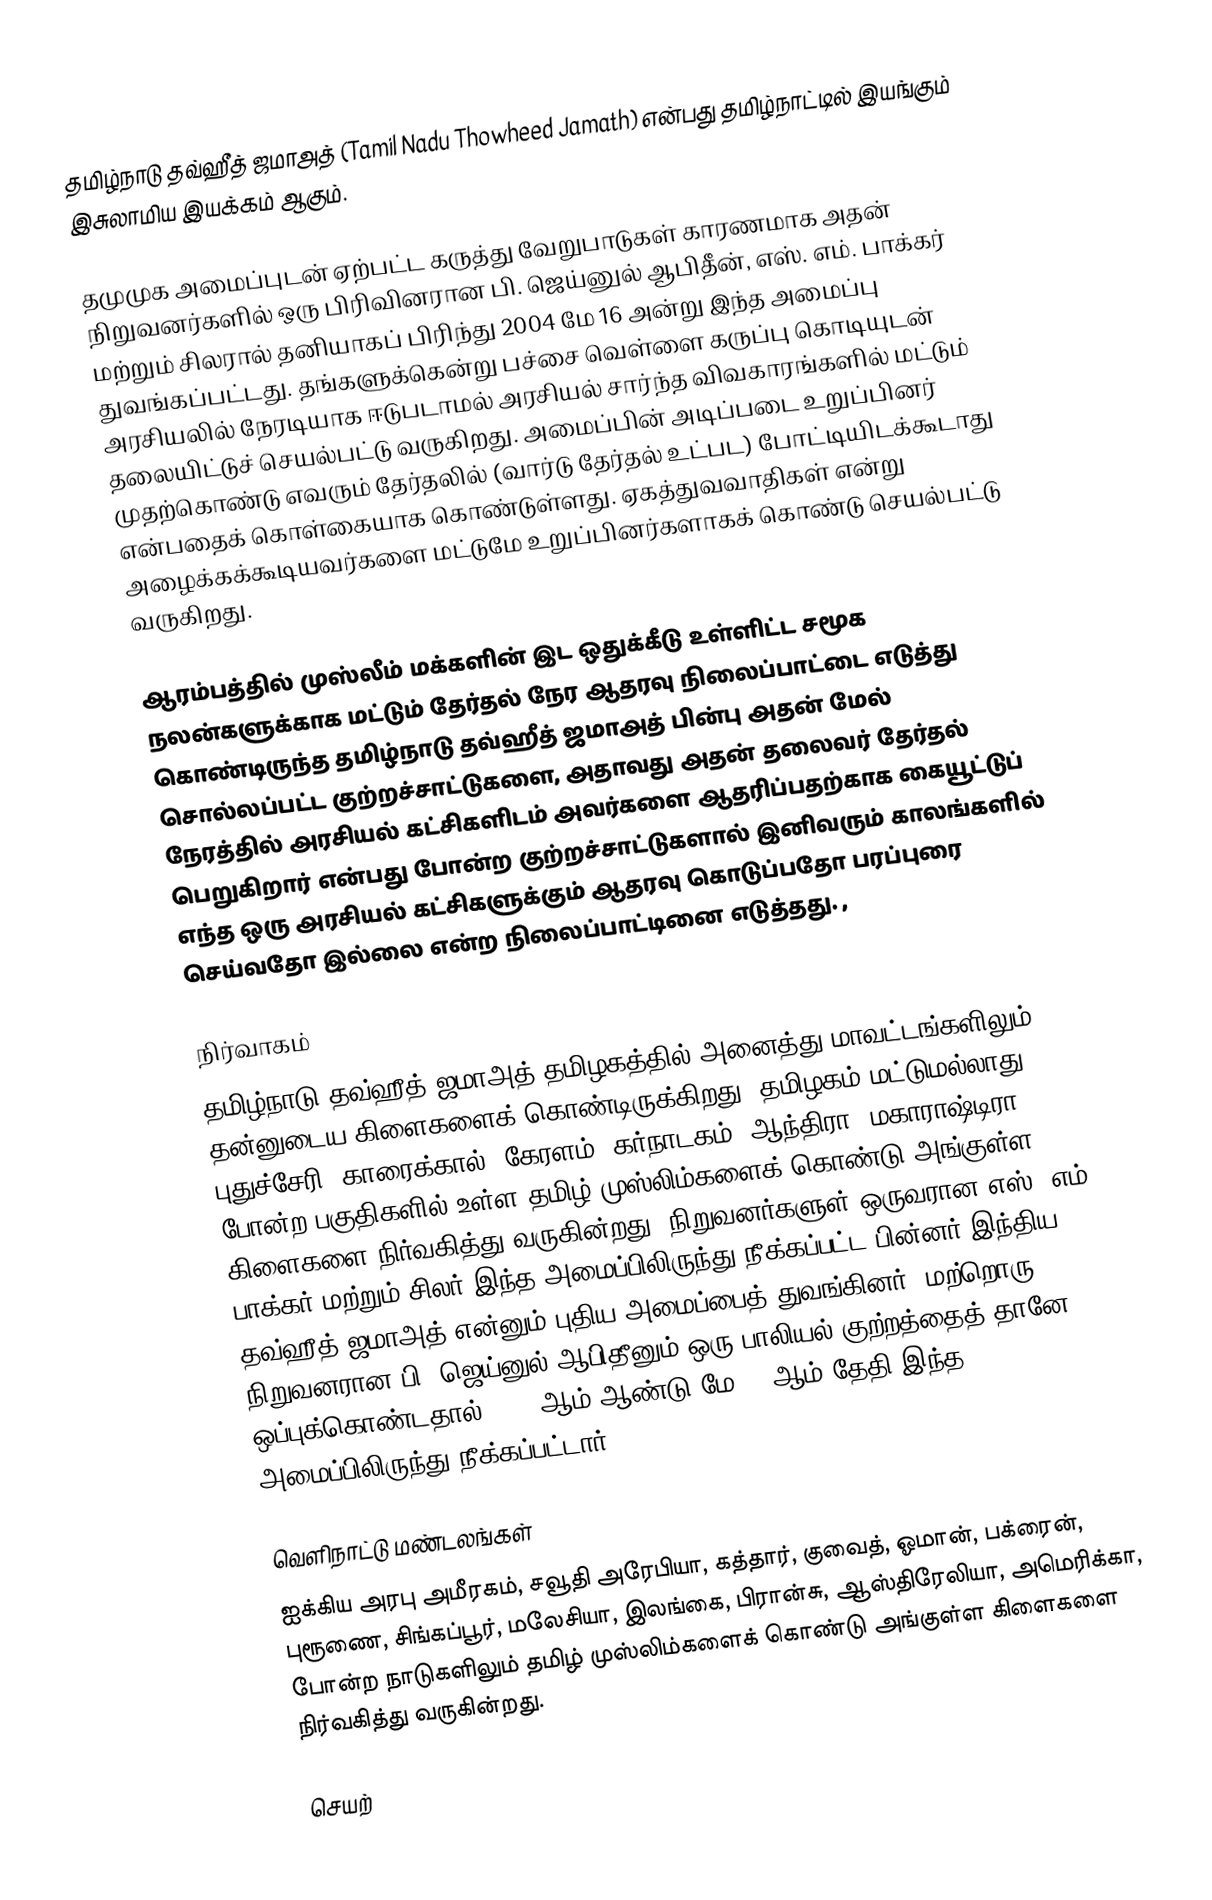
தமிழ்நாடு தவ்ஹீத் ஜமாஅத் (Tamil Nadu Thowheed Jamath) என்பது தமிழ்நாட்டில் இயங்கும்  இசுலாமிய இயக்கம் ஆகும்.

தமுமுக அமைப்புடன் ஏற்பட்ட கருத்து வேறுபாடுகள் காரணமாக அதன் நிறுவனர்களில் ஒரு பிரிவினரான பி. ஜெய்னுல் ஆபிதீன், எஸ். எம். பாக்கர் மற்றும் சிலரால் தனியாகப் பிரிந்து 2004 மே 16 அன்று இந்த அமைப்பு துவங்கப்பட்டது. தங்களுக்கென்று பச்சை வெள்ளை கருப்பு கொடியுடன் அரசியலில் நேரடியாக ஈடுபடாமல் அரசியல் சார்ந்த விவகாரங்களில் மட்டும்  தலையிட்டுச் செயல்பட்டு வருகிறது. அமைப்பின் அடிப்படை உறுப்பினர் முதற்கொண்டு எவரும் தேர்தலில் (வார்டு தேர்தல் உட்பட) போட்டியிடக்கூடாது என்பதைக் கொள்கையாக கொண்டுள்ளது. ஏகத்துவவாதிகள் என்று அழைக்கக்கூடியவர்களை மட்டுமே உறுப்பினர்களாகக் கொண்டு செயல்பட்டு வருகிறது.

ஆரம்பத்தில் முஸ்லீம் மக்களின் இட ஒதுக்கீடு உள்ளிட்ட சமூக நலன்களுக்காக மட்டும் தேர்தல் நேர ஆதரவு நிலைப்பாட்டை எடுத்து கொண்டிருந்த தமிழ்நாடு தவ்ஹீத் ஜமாஅத் பின்பு அதன் மேல் சொல்லப்பட்ட குற்றச்சாட்டுகளை, அதாவது அதன் தலைவர் தேர்தல் நேரத்தில் அரசியல் கட்சிகளிடம் அவர்களை ஆதரிப்பதற்காக கையூட்டுப் பெறுகிறார் என்பது போன்ற குற்றச்சாட்டுகளால் இனிவரும் காலங்களில் எந்த ஒரு அரசியல் கட்சிகளுக்கும் ஆதரவு கொடுப்பதோ பரப்புரை செய்வதோ இல்லை என்ற நிலைப்பாட்டினை எடுத்தது. ,

நிர்வாகம்
தமிழ்நாடு தவ்ஹீத் ஜமாஅத் தமிழகத்தில் அனைத்து மாவட்டங்களிலும் தன்னுடைய கிளைகளைக் கொண்டிருக்கிறது. தமிழகம் மட்டுமல்லாது புதுச்சேரி, காரைக்கால், கேரளம், கர்நாடகம், ஆந்திரா, மகாராஷ்டிரா போன்ற பகுதிகளில் உள்ள தமிழ் முஸ்லிம்களைக் கொண்டு அங்குள்ள கிளைகளை நிர்வகித்து வருகின்றது. நிறுவனர்களுள் ஒருவரான எஸ். எம். பாக்கர் மற்றும் சிலர் இந்த அமைப்பிலிருந்து நீக்கப்பட்ட பின்னர் இந்திய தவ்ஹீத் ஜமாஅத் என்னும் புதிய அமைப்பைத் துவங்கினர். மற்றொரு நிறுவனரான பி. ஜெய்னுல் ஆபிதீனும் ஒரு பாலியல் குற்றத்தைத் தானே ஒப்புக்கொண்டதால்  2018 ஆம் ஆண்டு மே-13 ஆம் தேதி இந்த அமைப்பிலிருந்து நீக்கப்பட்டார்.

வெளிநாட்டு மண்டலங்கள்
ஐக்கிய அரபு அமீரகம்,  சவூதி அரேபியா, கத்தார், குவைத், ஓமான், பக்ரைன், புரூணை, சிங்கப்பூர், மலேசியா, இலங்கை, பிரான்சு, ஆஸ்திரேலியா, அமெரிக்கா,  போன்ற நாடுகளிலும் தமிழ் முஸ்லிம்களைக் கொண்டு அங்குள்ள கிளைகளை நிர்வகித்து வருகின்றது.

செயற்